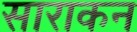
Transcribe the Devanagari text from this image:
साराकन